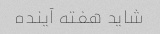
شاید هفته آینده